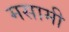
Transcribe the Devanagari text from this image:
मसामी